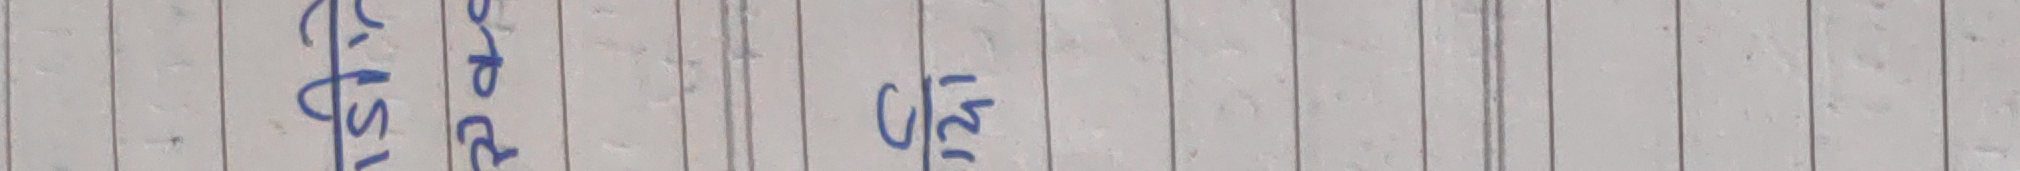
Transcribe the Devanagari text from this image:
सुईघर चौला